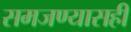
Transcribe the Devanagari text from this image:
समजण्यासही